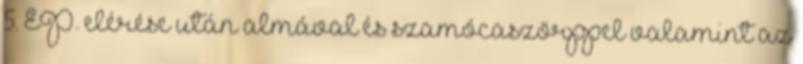
5. EP. elérése után almával és szamócaszörppel valamint az